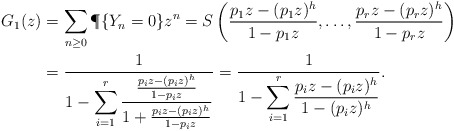
\begin{align*} G_1(z)&=\sum_{n\ge 0}\P\{Y_n=0\}z^n=S\left(\frac{p_1 z-(p_1 z)^h}{1-p_1 z}, \ldots, \frac{p_r z-(p_r z)^h}{1-p_r z}\right)\\ &=\frac1{\displaystyle 1-\sum_{i=1}^r\frac{\frac{p_i z-(p_i z)^{h}}{1-p_i z}}{1+\frac {p_i z-(p_i z)^{h}}{1-p_i z}}} =\frac1{1-\displaystyle \sum_{i=1}^r\frac{p_i z-(p_i z)^{h}}{1-(p_i z)^{h}}}.\end{align*}